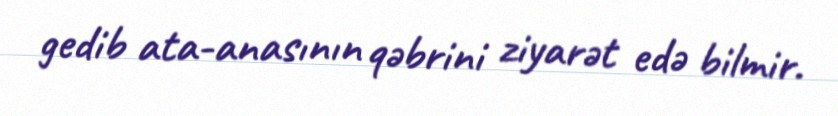
gedib ata-anasının qəbrini ziyarət edə bilmir.